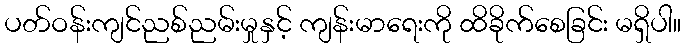
ပတ်ဝန်းကျင်ညစ်ညမ်းမှုနှင့် ကျန်းမာရေးကို ထိခိုက်စေခြင်း မရှိပါ။